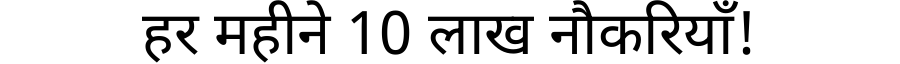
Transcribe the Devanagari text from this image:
हर महीने 10 लाख नौकरियाँ!